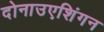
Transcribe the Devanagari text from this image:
दोनाउएशिंगन